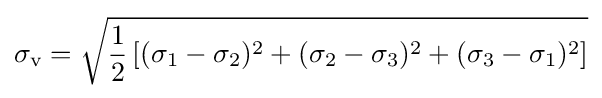
\sigma _{\text{v}}={\sqrt {{\frac {1}{2}}\left[(\sigma _{1}-\sigma _{2})^{2}+(\sigma _{2}-\sigma _{3})^{2}+(\sigma _{3}-\sigma _{1})^{2}\right]}}